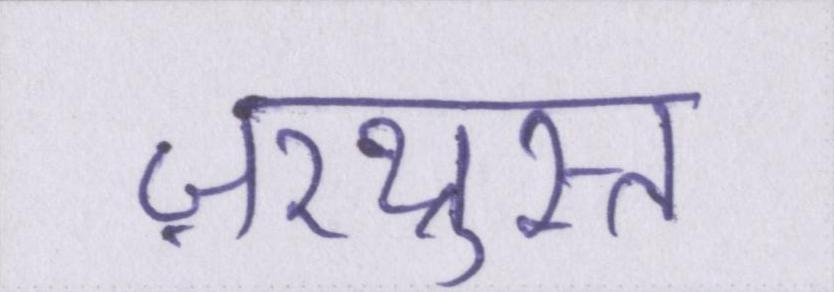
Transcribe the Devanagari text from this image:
ज़रथ्रुस्त